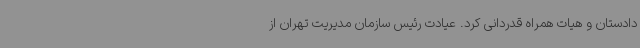
دادستان و هیات همراه قدردانی کرد. عیادت رئیس سازمان مدیریت تهران از